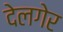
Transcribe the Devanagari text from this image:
देलगेर